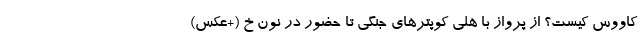
کاووس کیست؟ از پرواز با هلی کوپترهای جنگی تا حضور در نون خ (+عکس)